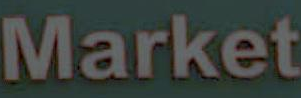
Market